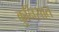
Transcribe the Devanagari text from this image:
कुर्निसात